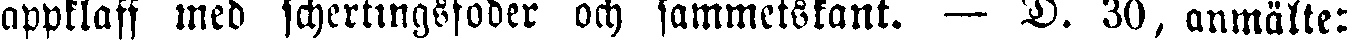
appklaff med schertingsfoder och sammetskant. — D. 30, anmälte: